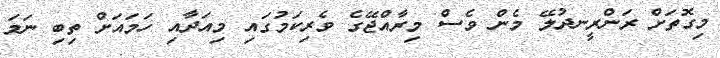
މިގޮތަށް ރަންރީނދުލޭ މެން ވެސް މިރާއްޖޭގެ ވެރިކަމުގައި މިއަދާއި ހަމައަށް ތިބި ނަމަ